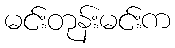
မင်းတုန်းမင်းက